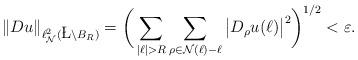
LaTeX: \begin{align*}\| Du \|_{\ell^{2}_{\mathcal{N}}(\L \setminus B_{R})} = \bigg( \sum_{|\ell| > R} \sum_{\rho\in \mathcal{N}(\ell) - \ell}\big|D_\rho u(\ell)\big|^2 \bigg)^{1/2} < \varepsilon. \end{align*}